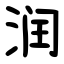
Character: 润